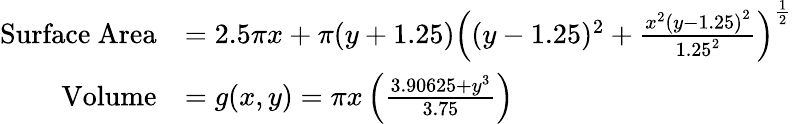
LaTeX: \begin{array}{rl}{\mathrm{Surface~Area}}&{=2.5\pi x+\pi(y+1.25)\left((y-1.25)^{2}+\frac{x^{2}\left(y-1.25\right)^{2}}{1.25^{2}}\right)^{\frac{1}{2}}}\\ {\mathrm{Volume}}&{=g(x,y)=\pi x\left(\frac{3.90625+y^{3}}{3.75}\right)}\end{array}